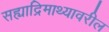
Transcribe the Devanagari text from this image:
सह्याद्रिमाथ्यावरील